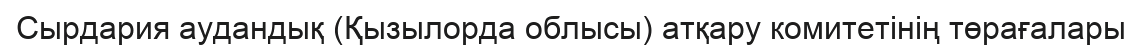
Сырдария аудандық (Қызылорда облысы) атқару комитетінің төрағалары